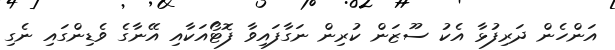
އަންހެން ދަރިފުޅާ އެކު ސޫޒަން ކުރިން ނަގާފައިވާ ފޮޓޯއަކާއި އޭނާގެ ވެޑިންގައި ނެގި